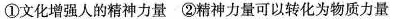
①文化增强人的精神力量②精神力量可以转化为物质力量